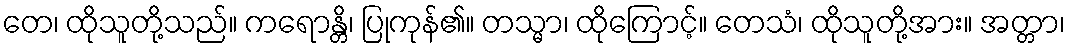
တေ၊ ထိုသူတို့သည်။ ကရောန္တိ၊ ပြုကုန်၏။ တသ္မာ၊ ထိုကြောင့်။ တေသံ၊ ထိုသူတို့အား။ အတ္တာ၊